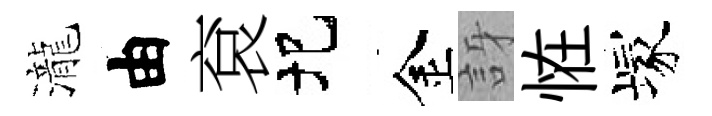
瀧由袞圯金訝恠塚